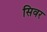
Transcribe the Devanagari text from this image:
सिवर